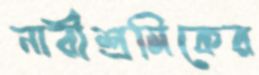
নারীশ্রমিকের